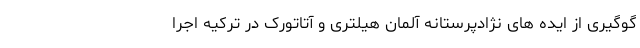
گوگیری از ایده های نژادپرستانه آلمان هیلتری و آتاتورک در ترکیه اجرا